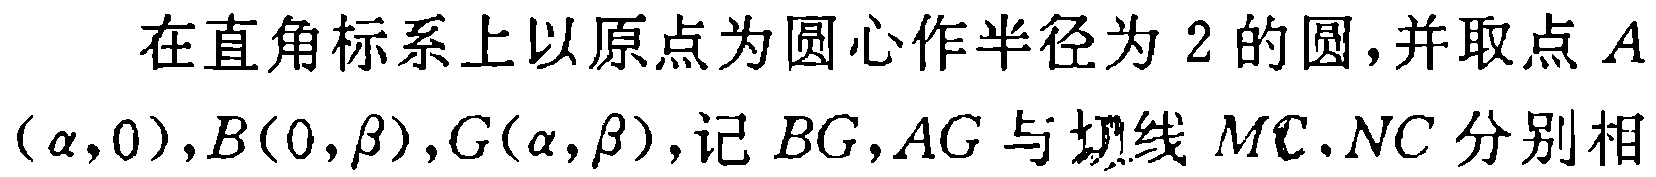
在直角标系上以原点为圆心作半径为 \(2\) 的圆,并取点 \(A(\alpha,0),B(0,\beta),G(\alpha,\beta)\),记 \(BG,AG\) 与  线 \(MC,NC\) 分别相